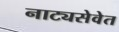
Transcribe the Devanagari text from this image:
नाट्यसेवेत